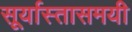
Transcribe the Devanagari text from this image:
सूर्यास्तासमयी